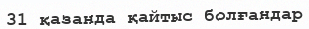
31 қазанда қайтыс болғандар